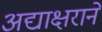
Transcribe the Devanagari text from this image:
अद्याक्षराने